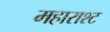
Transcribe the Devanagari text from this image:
महाराश्ट